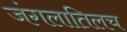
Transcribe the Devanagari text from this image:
जंगलातिलच